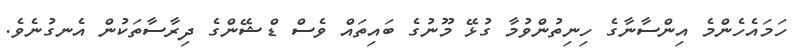
ހަމައެހެންމެ އިންސާނާގެ ހިނިތުންވުމާ ގުޅޭ މޫނުގެ ބައިތައް ވެސް ޑްޝޭންގެ ދިރާސާތަކުން އެނގުނެވެ.